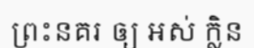
ព្រះនគរ ឲ្យ ឣស់ ក្លិន